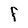
Character: F